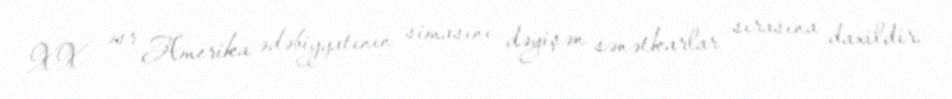
XX əsr Amerika ədəbiyyatının simasını dəyişən sənətkarlar sırasına daxildir.